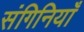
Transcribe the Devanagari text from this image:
संगिनियाँ